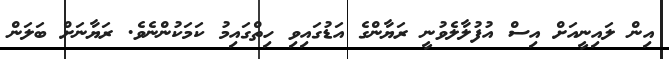
އިން ލައިނީއަށް އިސް އުފުލާލެވުނީ ރަޔާންގެ އަޑުގައިވި ހިތްގައިމު ކަމަކުންނެވެ. ރަޔާނަށް ބަލަން